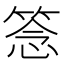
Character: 𥮘